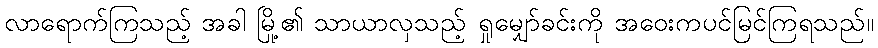
လာရောက်ကြသည့် အခါ မြို့၏ သာယာလှသည့် ရှုမျှော်ခင်းကို အဝေးကပင်မြင်ကြရသည်။